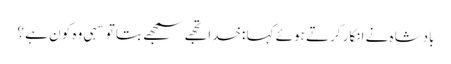
بادشاہ نے انکار کرتے ہوئے کہا :خدا تجھے سمجھے بتا تو سہی وہ کو ن ہے ؟